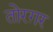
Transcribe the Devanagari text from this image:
तोरग़र